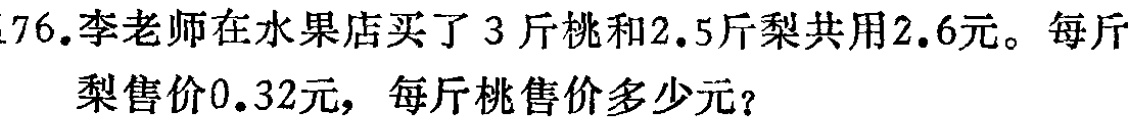
76.李老师在水果店买了3斤桃和2.5斤梨共用2.6元。每斤
梨售价0.32元，每斤桃售价多少元？